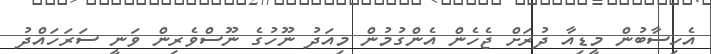
އެހިސާބުން މީޑިއާ ދުރަށް ޖެހެން އެންގުމުން މިއަދު ނޫހުގެ ނޫސްވެރިން ވަނީ ސަރަހައްދު